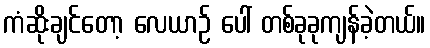
ကံဆိုးချင်တော့ လေယာဉ် ပေါ် တစ်ခုခုကျန်ခဲ့တယ်။